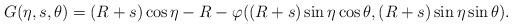
LaTeX: \begin{align*}G(\eta,s,\theta) = (R+s)\cos\eta - R - \varphi((R+s)\sin\eta\cos\theta,(R+s)\sin\eta\sin\theta). \end{align*}